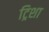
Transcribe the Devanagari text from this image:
ट्रिशा